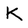
Character: K